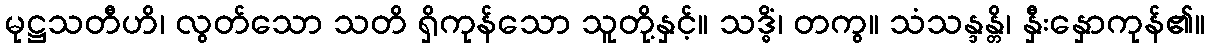
မုဋ္ဌသတီဟိ၊ လွတ်သော သတိ ရှိကုန်သော သူတို့နှင့်။ သဒ္ဓိံ၊ တကွ။ သံသန္ဒန္တိ၊ နှီးနှောကုန်၏။